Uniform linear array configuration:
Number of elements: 24
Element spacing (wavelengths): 1
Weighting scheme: uniform
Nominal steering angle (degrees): -15
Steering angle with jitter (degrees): -15.731
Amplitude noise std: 0.05
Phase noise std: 0.05

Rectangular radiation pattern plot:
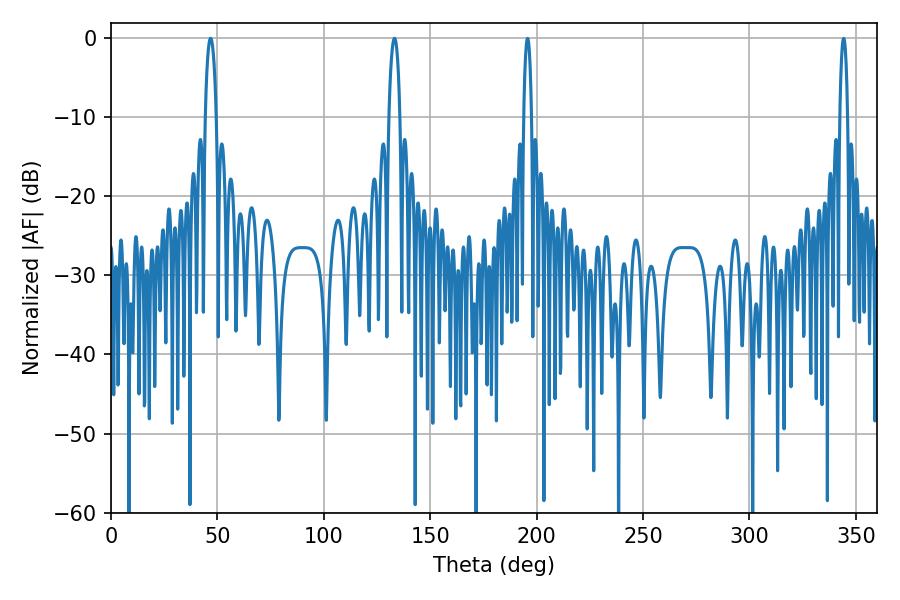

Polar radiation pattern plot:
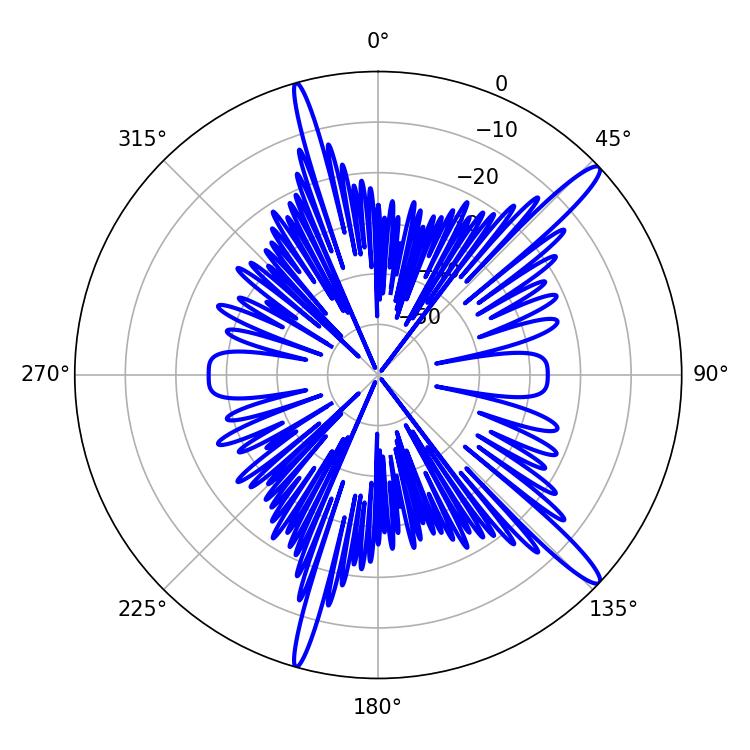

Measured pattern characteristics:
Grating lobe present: TRUE
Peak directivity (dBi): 14.923
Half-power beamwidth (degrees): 2.88
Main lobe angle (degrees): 46.8